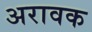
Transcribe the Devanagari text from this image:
अरावक